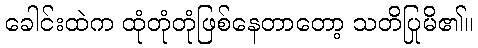
ခေါင်းထဲက ထုံတုံတုံဖြစ်နေတာတော့ သတိပြုမိ၏။